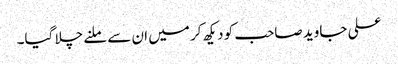
علی جاوید صاحب کو دیکھ کر میں ان سے ملنے چلا گیا۔